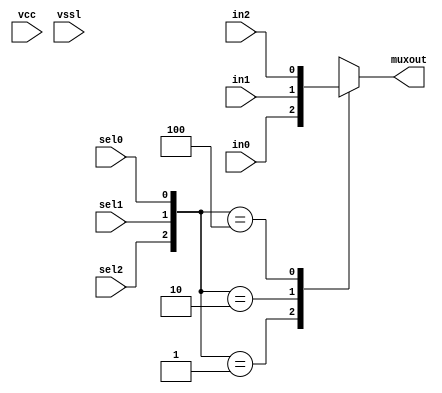
// This program was cloned from: https://github.com/chipsalliance/aib-phy-hardware
// License: Apache License 2.0

// SPDX-License-Identifier: Apache-2.0
// Copyright (C) 2019 Intel Corporation. 
// Library - aibcr_lib, Cell - aibcr_red_clkmux3, View - schematic
// LAST TIME SAVED: May 14 14:12:18 2015
// NETLIST TIME: May 14 14:42:24 2015

module aibcr3_red_clkmux3 ( muxout, in0, in1, in2, sel0, sel1, sel2,
     vcc, vssl );

output  muxout;

input  in0, in1, in2, sel0, sel1, sel2, vcc, vssl;

reg muxout;

always @ ( sel0 or sel1 or sel2 or in0 or in1 or in2 )
	case ( {sel2,sel1,sel0} )
		3'b001 : muxout = in0 ;
		3'b010 : muxout = in1 ;
		3'b100 : muxout = in2 ;
		default : muxout = 1'bx ;
	endcase
endmodule


// End HDL models